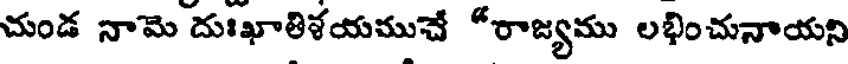
చుండ నామె దుఃఖాతిళయముచే "రాజ్యము లభించునాయని